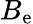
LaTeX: B_{\mathrm{e}}